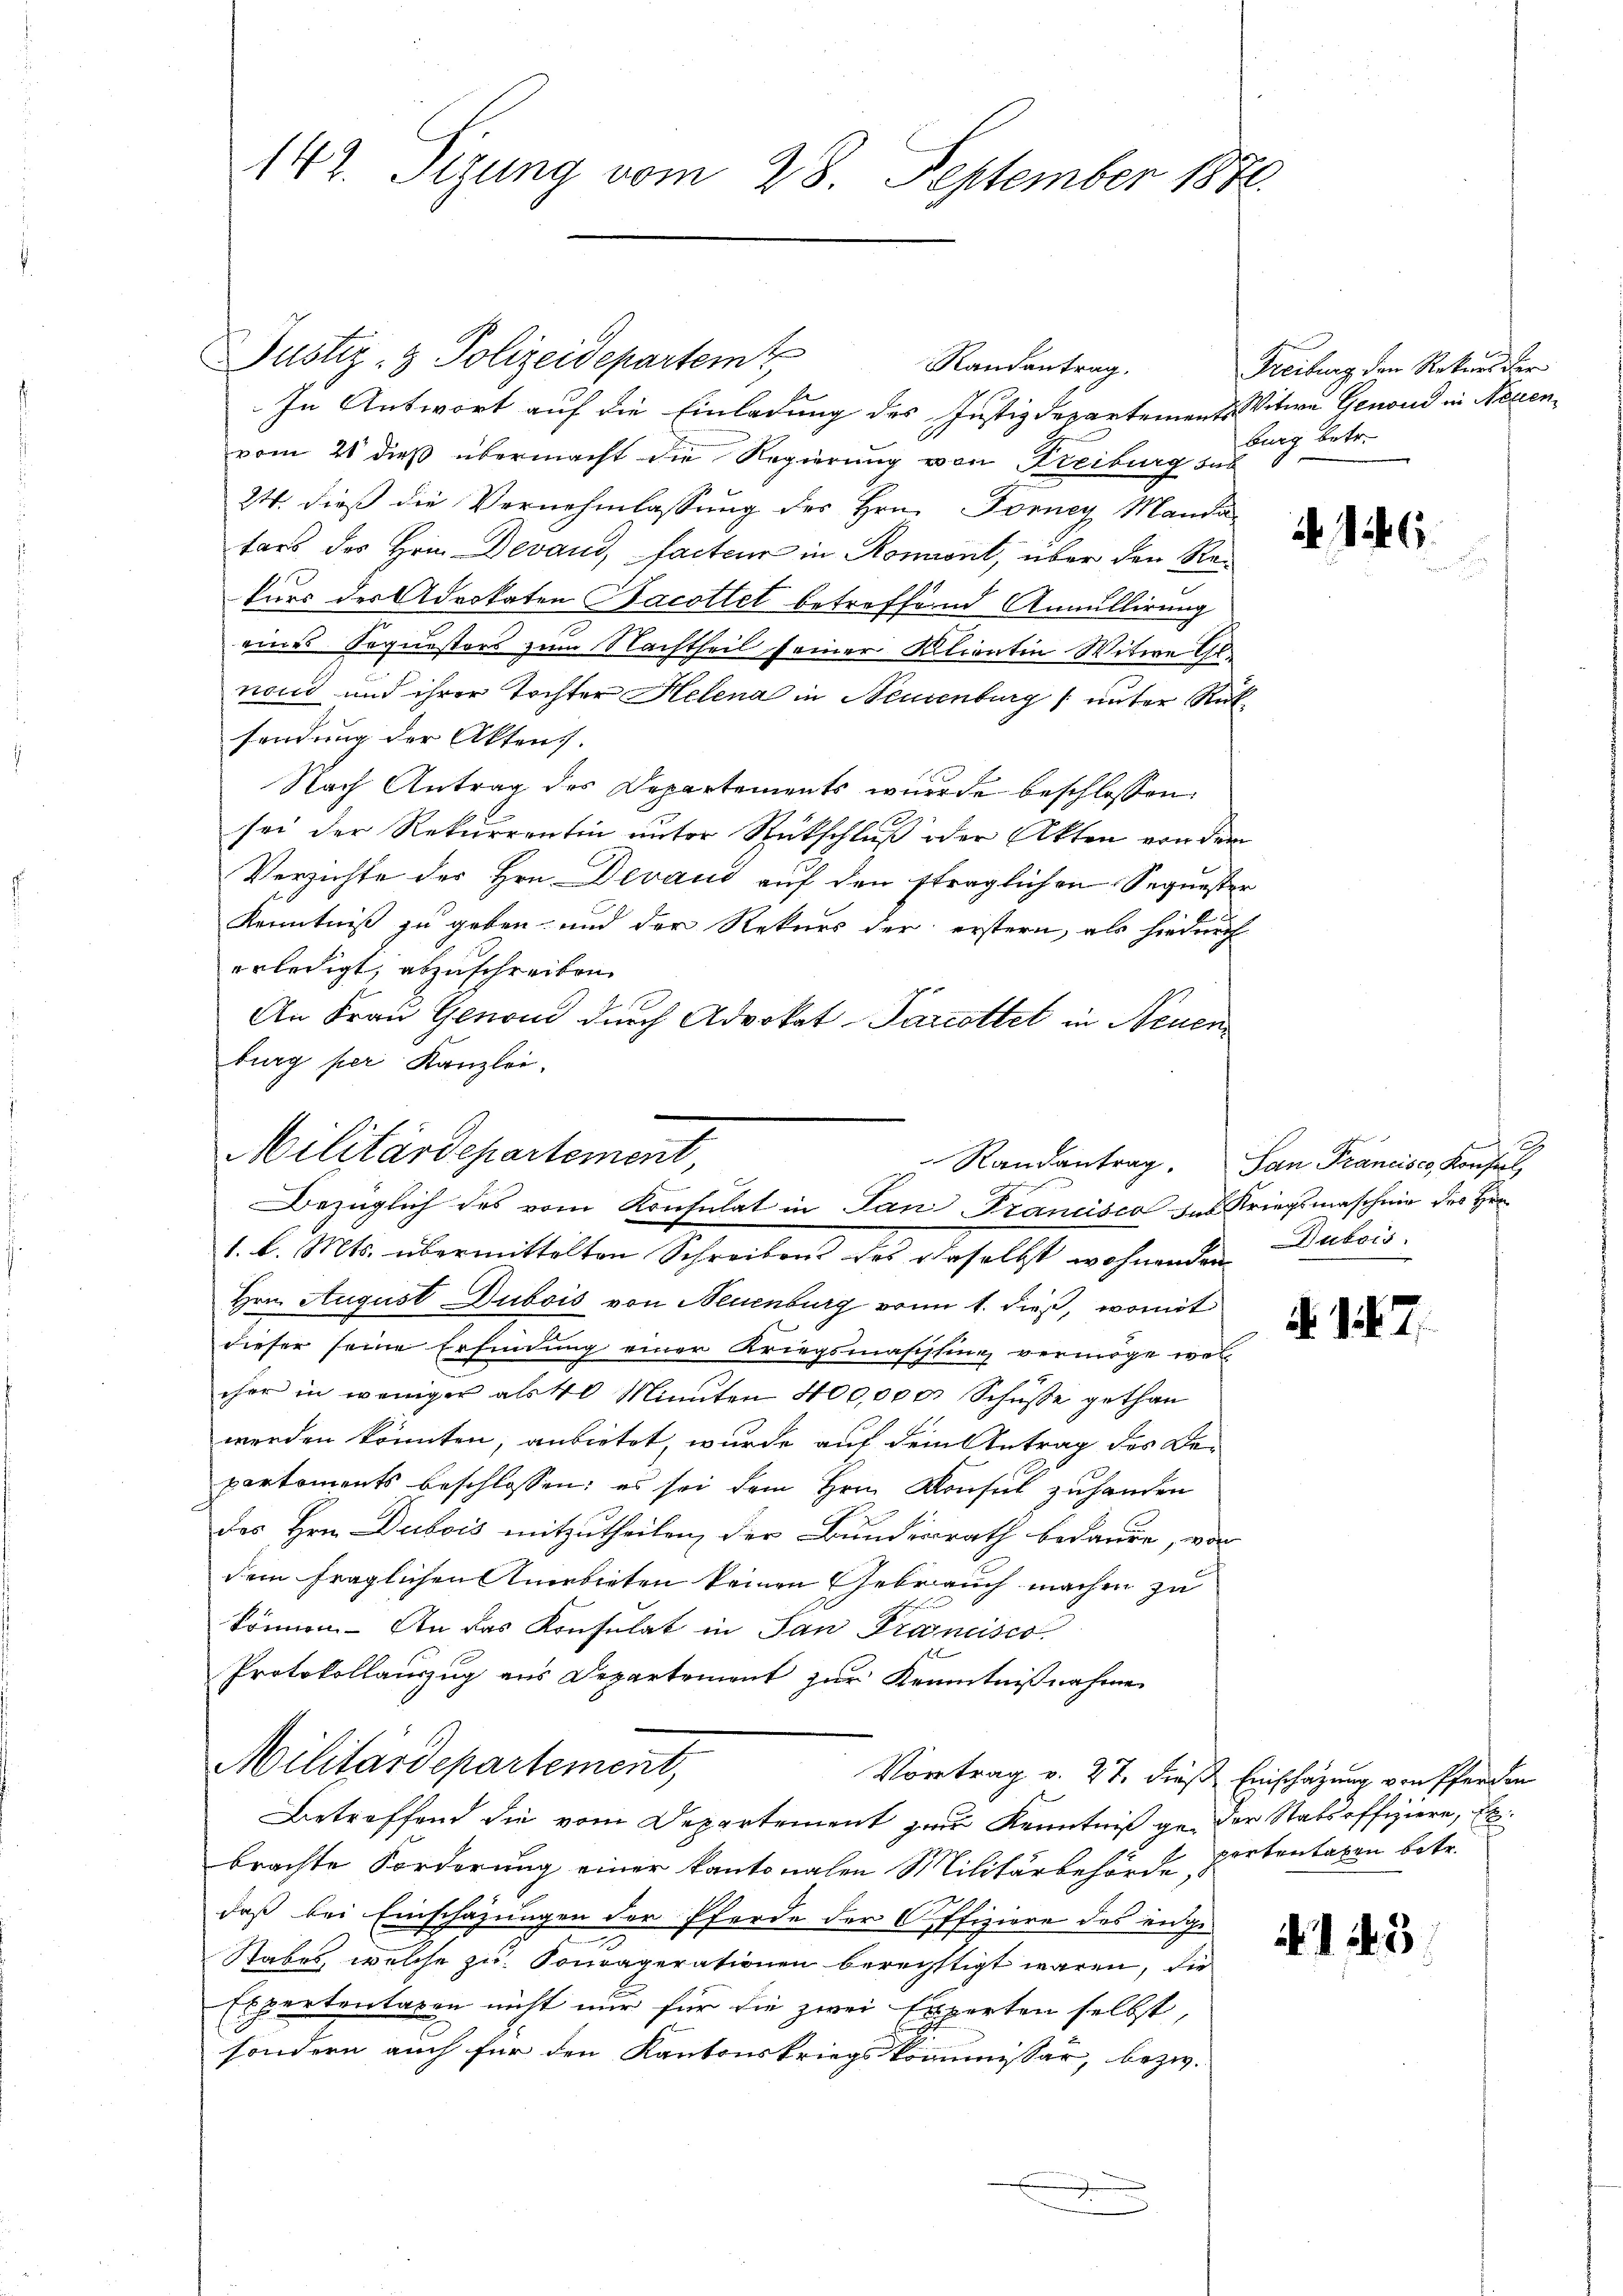
142. Sizung vom 28. September 1871.

Justiz- & Polizeidepartem Randantrag.
In Antwort auf die Einladung des Justizdepartements Witwe Genond in Neuen
vom 21 dieß übermacht die Regierung von Freiburg sub
24. dieß die Vernehmlassung des Hrn. Forney Manda-
tars des Hrn. Devand, facter in Romint, über den Rekurs der Advokaten Bacottet betreffernd Annullirung
eines Soquestors zum Nachtheil seiner Kilienten Witwe Gl
non und ihrer Tochter Helena in Neuenburg (unter Rück-
sendung der Aktens.
Nach Antrag des Departements wurde beschlossen:
sei der Rekurrentin unter Rückschluß oder Akten von dem
Verzichte des Hrn. Devaud auf den ftraglichen Sequester
Kenntniß zu geben und der Rekurs der erstern, als hiedurch
erledigt, abzuschreiben.
An Frau Genoud durch Advokat Parcottet in Neuenburg per Kanzlei,
1. d. Mts. übermittelten Schreibens des daselbst wohnenden Dubois,
Hrn. August Dubois von Neuenburg vom 1. dieß, womit
dieser seine Erfindung einer Kriegsmaschtung vermöge wel
cher in weniger als 40 Minuten 400,000 Schüsse gethan
werden könnten, anbietet, wurde auf dem Antrag des De-
partements beschlossen; es sei dem Hrn. Konsul zuhanden
des Hrn. Dubois mitzutheilen, der Bundesrath bedaure, von
dem fraglichen Anerbieten keinen Gebrauch machen zu
können. An das Konsulat in San Francisco
Protokollauszug aus Departement zur Kenntnißnahme
Militardepartement,
Vortrag v. 27. dieß Einschazung von Pferden
Betreffend die vom Departement zur Kenntniß gen der Stabsoffiziere, El
brachte Forderung einer kantonalen Militärbehörde partentaren betr.
daß bei Einschazungen der Pferde der Offiziere des enge-
Stabes, welche zu Soucaperationen berechtigt waren, die
Expertentagen nicht nur für die zwei Experten selbst,
sondern auch für den Kantonskriegskommissär, bezw.

.
Militärdepartement,
Bezüglich des vom Konsulat in Pan Francisca das Kriegsmaschen des Hrn

Randantrag. San Francisco, Konseil,

Freiburg den Rekurs der
burg betr.

A. 126.

§ 147.

1243